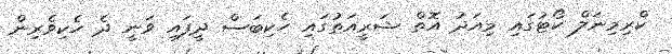
ކްރިމިނަލް ކޯޓުގައި މިއަދު އޮތް ޝަރީއަތުގައި ހެކިބަސް ދީފައި ވަނީ ދެ ހެކިވެރިން